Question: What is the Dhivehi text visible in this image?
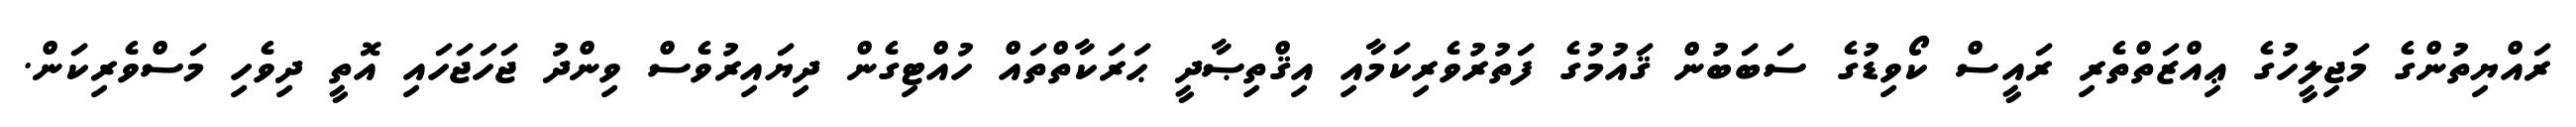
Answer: ރައްޔިތުންގެ މަޖިލީހުގެ ޢިއްޒަތްތެރި ރައީސް ކޯވިޑުގެ ސަބަބުން ޤައުމުގެ ފަތުރުވެރިކަމާއި އިޤްތިޞާދީ ޙަރަކާތްތައް ހުއްޓިގެން ދިޔައިރުވެސް ވިންދު ޖަހަޖަހައި އޮތީ ދިވެހި މަސްވެރިކަން.